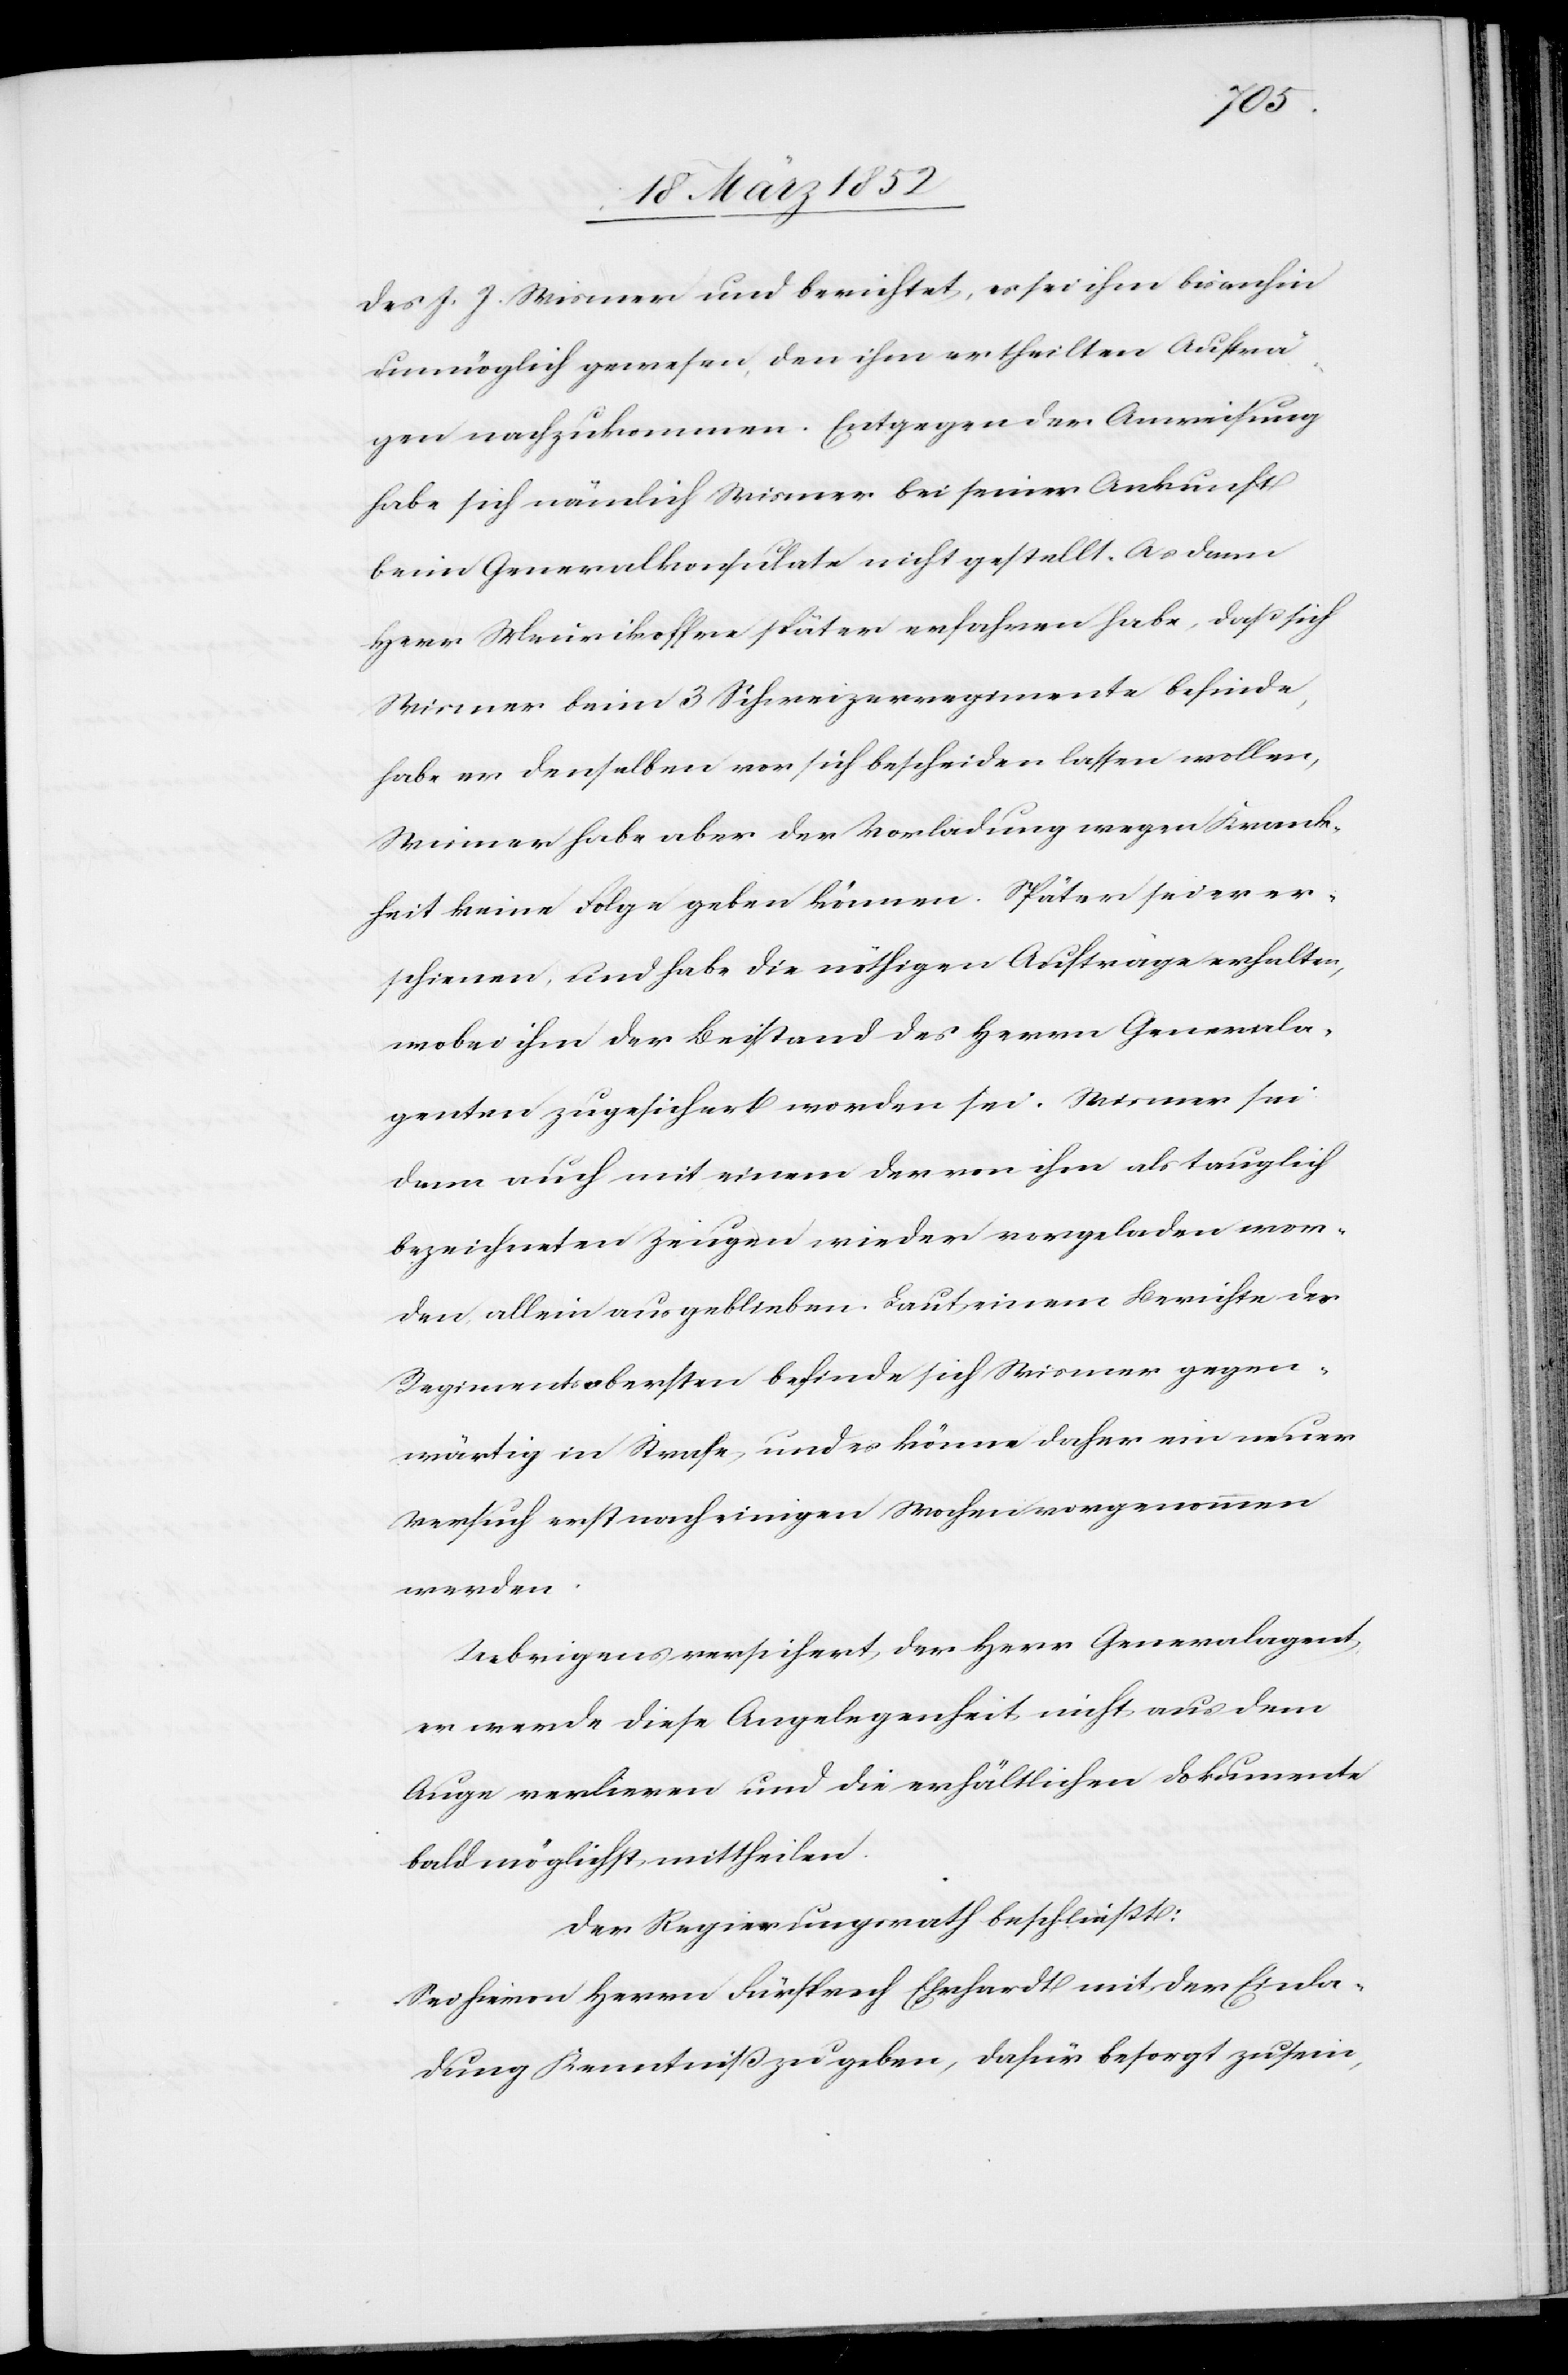
des J. J. Wismer und berichtet, es sei ihm bisanhin
unmöglich gewesen, den ihm ertheilten Aufträ¬
gen nachzukommen. Entgegen der Anweisung
habe sich nämlich Wismer bei seiner Ankunft
beim Generalkonsulate nicht gestellt. Als dann
Herr Meurikoffer später erfahren habe, daß sich
Wismer beim 3 Schweizerregimente befinde,
habe er denselben vor sich bescheiden lassen wollen,
Wismer habe aber der Vorladung wegen Krank¬
heit keine Folge geben können. Später sei er er¬
schienen, und habe die nöthigen Aufträge erhalten,
wobei ihm der Beistand des Herrn Generala¬
genten zugesichert worden sei. Wismer sei
dann auch mit einem der von ihm als tauglich
bezeichneten Zeugen wieder vorgeladen wor¬
den, allein ausgeblieben. Laut einem Berichte des
Regimentsobersten befinde sich Wismer gegen¬
wärtig in Strafe, und es könne daher ein neuer
Versuch erst nach einigen Wochen vorgenommen
werden.
Uebrigens versichert der Herr Generalagent
er werde diese Angelegenheit nicht aus dem
Auge verlieren und die erhältlichen Dokumente
baldmöglichst mittheilen.
Der Regierungsrath beschließt:
Sei hievon Herrn Fürsprech Ehrhardt mit der Einla¬
dung Kenntniß zu geben, dafür besorgt zu sein,